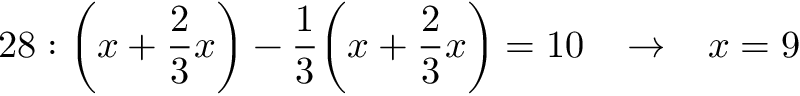
2 8 : { \bigg ( } x + { \frac { 2 } { 3 } } x { \bigg ) } - { \frac { 1 } { 3 } } { \bigg ( } x + { \frac { 2 } { 3 } } x { \bigg ) } = 1 0 \; \; \; \rightarrow \; \; \; x = 9